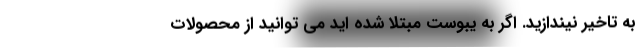
به تاخیر نیندازید. اگر به یبوست مبتلا شده اید می توانید از محصولات